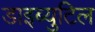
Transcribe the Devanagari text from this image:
डाइब्युटिल